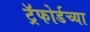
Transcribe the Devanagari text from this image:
ट्रॅफोर्डच्या